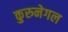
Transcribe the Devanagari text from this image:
कुरुनेगल